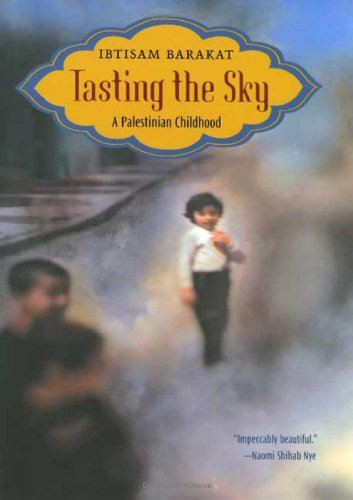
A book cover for Tasting the Sky: A Palestinian Childhood; Ibtisam Barakat; Children's Books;